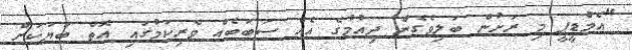
"އެމްޑީޕީ މި ރަށުން ބަލިވެގެން ދިއުމުގެ އެއް ސަބަބެއް ވެރިކަމުގައި އޮތް ބަޔަކަށް